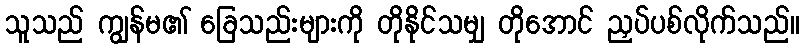
သူသည် ကျွန်မ၏ ခြေသည်းများကို တိုနိုင်သမျှ တိုအောင် ညှပ်ပစ်လိုက်သည်။